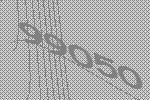
99050